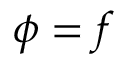
\phi = f